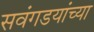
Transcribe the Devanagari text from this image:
सवंगडयांच्या